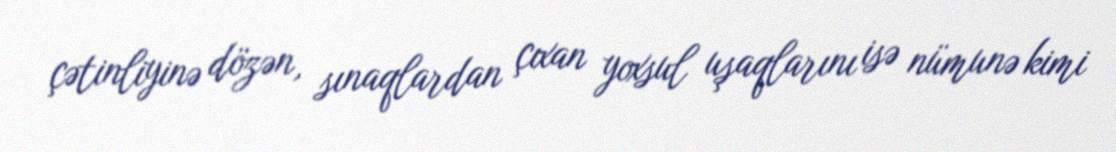
çətinliyinə dözən, sınaqlardan çıxan yoxsul uşaqlarını isə nümunə kimi